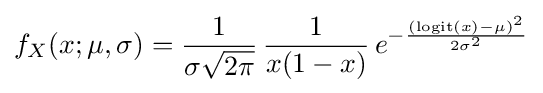
f_{X}(x;\mu ,\sigma )={\frac {1}{\sigma {\sqrt {2\pi }}}}\,{\frac {1}{x(1-x)}}\,e^{-{\frac {(\operatorname {logit} (x)-\mu )^{2}}{2\sigma ^{2}}}}